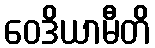
ဝေဒိယာမီတိ